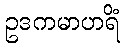
ဥဒကမာဟရိံ